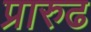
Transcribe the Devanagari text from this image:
प्रारुढ